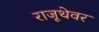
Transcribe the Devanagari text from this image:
राजूथेवर